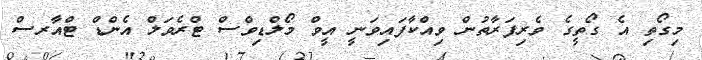
މިގޯތި އެ ގޯތީގެ ވެރިފަރާތުން ވިއްކާފައިވަނީ އީވް މޯލްޑިވްސް ޓްރެވަލް އެންޑް ޓްއާރސް